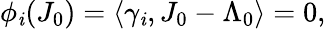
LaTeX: \phi_{\mathit{i}}(J_{0})=\langle\gamma_{\mathit{i}},J_{0}-\Lambda_{0}\rangle=0,